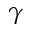
\gamma